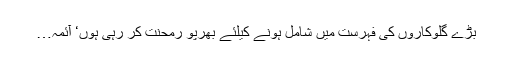
بڑے گلوکاروں کی فہرست میں شامل ہونے کیلئے بھرپو رمحنت کر رہی ہوں‘ آئمہ…